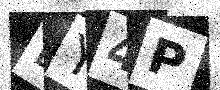
Text: LY4P